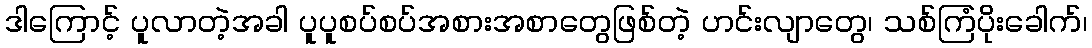
ဒါကြောင့် ပူလာတဲ့အခါ ပူပူစပ်စပ်အစားအစာတွေဖြစ်တဲ့ ဟင်းလျာတွေ၊ သစ်ကြံပိုးခေါက်၊